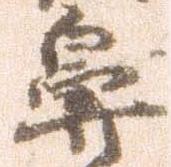
鼻